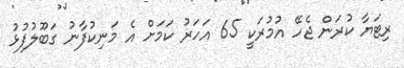
ރިޓަޔާ ކުރަން ޖެހޭ އުމުރަކީ 65 އަހަރު ކަމަށް އެ މަނިކުފާނު ގަބޫލުފުޅު